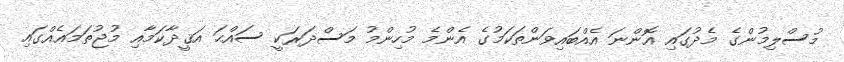
މުސްލިމުންގެ މެދުގައި އޮންނަ އެއްބައިވަންތަކަމުގެ އެންމެ މުހިންމު މަސްދަރަކީ ސައްޙަ އަޤީދާކަމާއި މުުޖުތަމަޢެއްގައި